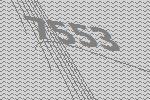
7553